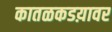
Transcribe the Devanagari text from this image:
कातळकडय़ावर